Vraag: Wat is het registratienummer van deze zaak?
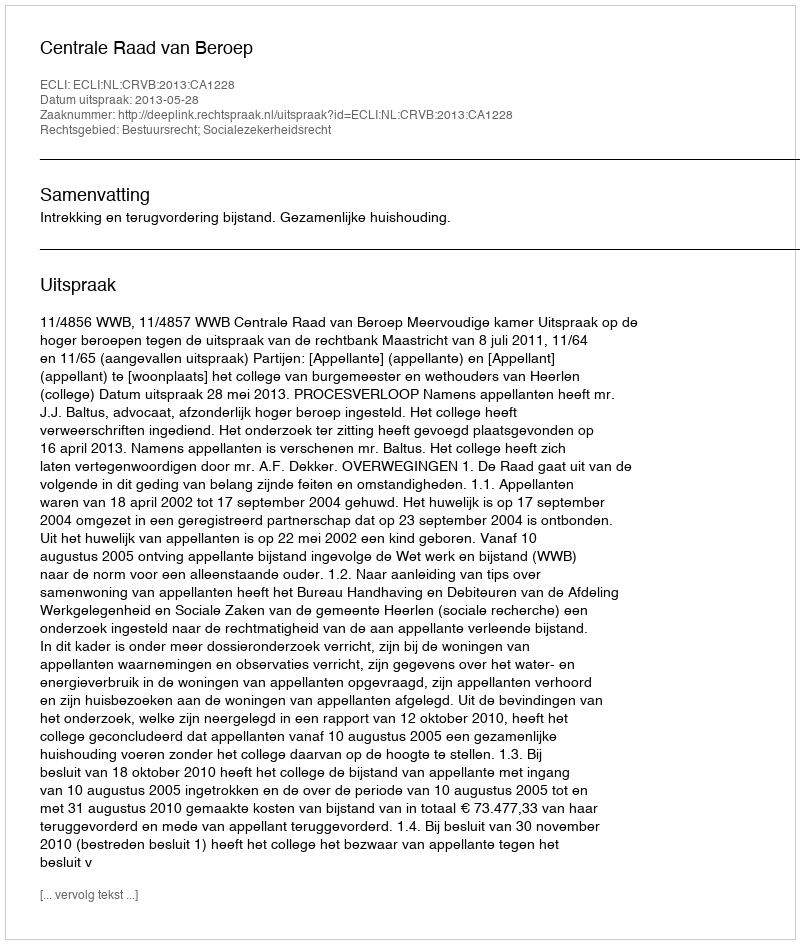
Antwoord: http://deeplink.rechtspraak.nl/uitspraak?id=ECLI:NL:CRVB:2013:CA1228